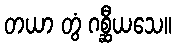
တယာ တွံ ဂစ္ဆီယသေ။